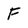
Character: F